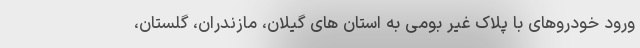
ورود خودروهای با پلاک غیر بومی به استان های گیلان، مازندران، گلستان،